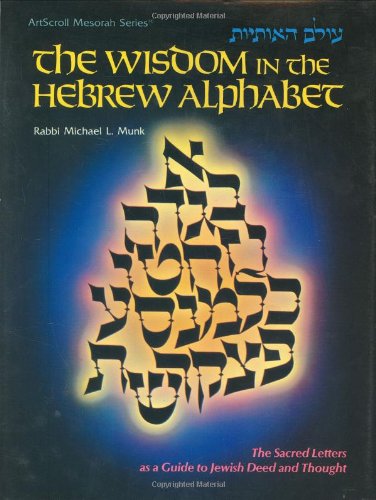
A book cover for The Wisdom in the Hebrew Alphabet (ArtScroll (Mesorah)); Michael L. Munk; Religion & Spirituality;